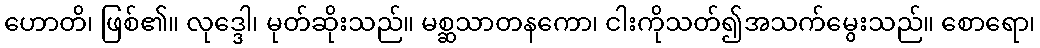
ဟောတိ၊ ဖြစ်၏။ လုဒ္ဒေါ၊ မုတ်ဆိုးသည်။ မစ္ဆသာတနကော၊ ငါးကိုသတ်၍အသက်မွေးသည်။ စောရော၊